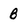
Character: B